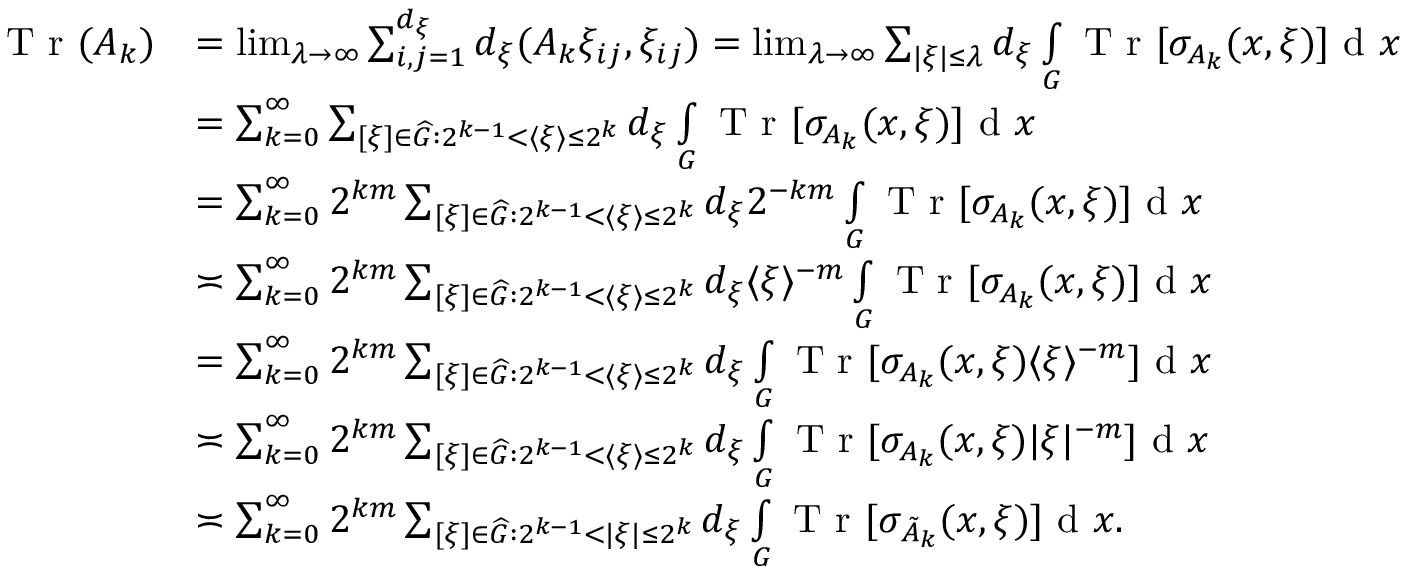
\begin{array} { r l } { \textnormal { T r } ( A _ { k } ) } & { = \operatorname* { l i m } _ { \lambda \rightarrow \infty } \sum _ { i , j = 1 } ^ { d _ { \xi } } d _ { \xi } ( A _ { k } \xi _ { i j } , \xi _ { i j } ) = \operatorname* { l i m } _ { \lambda \rightarrow \infty } \sum _ { | \xi | \leq \lambda } d _ { \xi } \smallint _ { G } \textnormal { T r } [ \sigma _ { A _ { k } } ( x , \xi ) ] \textnormal { d } x } \\ & { = \sum _ { k = 0 } ^ { \infty } \sum _ { [ \xi ] \in \widehat { G } : 2 ^ { k - 1 } < \langle \xi \rangle \leq 2 ^ { k } } d _ { \xi } \smallint _ { G } \textnormal { T r } [ \sigma _ { A _ { k } } ( x , \xi ) ] \textnormal { d } x } \\ & { = \sum _ { k = 0 } ^ { \infty } 2 ^ { k m } \sum _ { [ \xi ] \in \widehat { G } : 2 ^ { k - 1 } < \langle \xi \rangle \leq 2 ^ { k } } d _ { \xi } 2 ^ { - k m } \smallint _ { G } \textnormal { T r } [ \sigma _ { A _ { k } } ( x , \xi ) ] \textnormal { d } x } \\ & { \asymp \sum _ { k = 0 } ^ { \infty } 2 ^ { k m } \sum _ { [ \xi ] \in \widehat { G } : 2 ^ { k - 1 } < \langle \xi \rangle \leq 2 ^ { k } } d _ { \xi } \langle \xi \rangle ^ { - m } \smallint _ { G } \textnormal { T r } [ \sigma _ { A _ { k } } ( x , \xi ) ] \textnormal { d } x } \\ & { = \sum _ { k = 0 } ^ { \infty } 2 ^ { k m } \sum _ { [ \xi ] \in \widehat { G } : 2 ^ { k - 1 } < \langle \xi \rangle \leq 2 ^ { k } } d _ { \xi } \smallint _ { G } \textnormal { T r } [ \sigma _ { A _ { k } } ( x , \xi ) \langle \xi \rangle ^ { - m } ] \textnormal { d } x } \\ & { \asymp \sum _ { k = 0 } ^ { \infty } 2 ^ { k m } \sum _ { [ \xi ] \in \widehat { G } : 2 ^ { k - 1 } < \langle \xi \rangle \leq 2 ^ { k } } d _ { \xi } \smallint _ { G } \textnormal { T r } [ \sigma _ { A _ { k } } ( x , \xi ) | \xi | ^ { - m } ] \textnormal { d } x } \\ & { \asymp \sum _ { k = 0 } ^ { \infty } 2 ^ { k m } \sum _ { [ \xi ] \in \widehat { G } : 2 ^ { k - 1 } < | \xi | \leq 2 ^ { k } } d _ { \xi } \smallint _ { G } \textnormal { T r } [ \sigma _ { \tilde { A } _ { k } } ( x , \xi ) ] \textnormal { d } x . } \end{array}